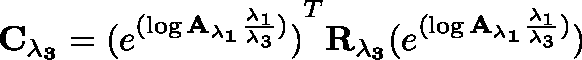
\mathbf { C _ { \lambda _ { 3 } } } = { ( e ^ { ( \log \mathbf { { A _ { \lambda _ { 1 } } } } \frac { \lambda _ { 1 } } { \lambda _ { 3 } } ) } ) } ^ { T } \mathbf { R _ { \lambda _ { 3 } } } \mathbf ( e ^ { ( \log \mathbf { { A _ { \lambda _ { 1 } } } } \frac { \lambda _ { 1 } } { \lambda _ { 3 } } ) } )